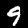
Digit: 9